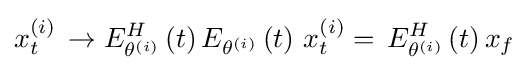
x_{t}^{\left(i\right)}\,\to E_{\theta ^{\left(i\right)}}^{H}\left(t\right)E_{\theta ^{\left(i\right)}}\left(t\right)\,x_{t}^{\left(i\right)}=\,E_{\theta ^{\left(i\right)}}^{H}\left(t\right)x_{f}